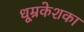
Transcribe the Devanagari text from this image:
धूम्रकेशका